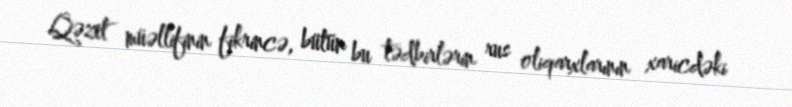
Qəzet müəllifinin fikrincə, bütün bu tədbirlərin rus oliqarxlarının xaricdəki